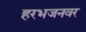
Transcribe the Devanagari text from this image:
हरभजनवर